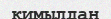
қимылдан